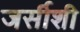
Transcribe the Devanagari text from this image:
जर्सीशी